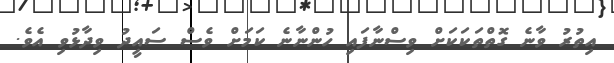
އިތުރު ވާނެ ގޮތްތަކަކަށް ވިސްނާފައި ހުންނާނެ ކަމަށް ވެސް ސައީދު ވިދާޅުވި އެވެ.